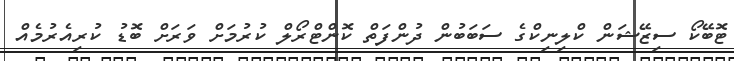
ޓޮބޭކޯ ސިޒޭޝަން ކްލިނިކްގެ ސަބަބުން ދުންފަތް ކޮންޓްރޯލް ކުރުމަށް ވަރަށް ބޮޑު ކުރިއެރުމެއް